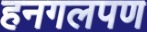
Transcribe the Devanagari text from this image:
हनगलपण